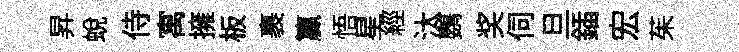
昇蛻侍寓擁板裹籯悟星經汰鸚奖伺旦鍤宏茱